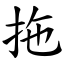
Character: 拖